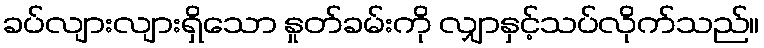
ခပ်လျားလျားရှိသော နှုတ်ခမ်းကို လျှာနှင့်သပ်လိုက်သည်။